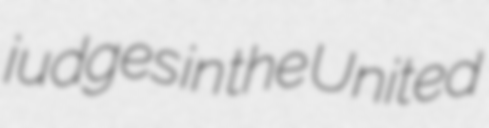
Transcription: judges in the United